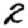
Digit: 2